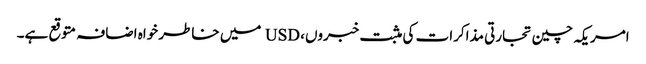
امریکہ چین تجارتی مذاکرات کی مثبت خبروں، USD میں خاطر خواہ اضافہ متوقع ہے۔